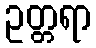
ဥတ္တရာ